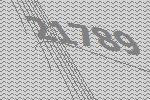
21789